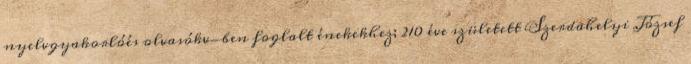
nyelvgyakorlóés olvasókv-ben foglalt énekekhez; 210 éve született Szerdahelyi József